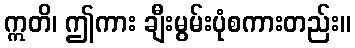
ဣတိ၊ ဤကား ချီးမွမ်းပုံစကားတည်း။